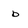
Character: b